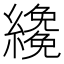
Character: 𦆵